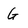
Character: G